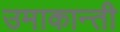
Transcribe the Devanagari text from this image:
उमाकान्‍ती